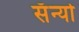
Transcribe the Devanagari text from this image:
सॅन्यो